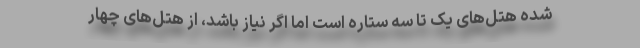
شده هتل‌های یک تا سه ستاره است اما اگر نیاز باشد، از هتل‌های چهار